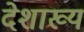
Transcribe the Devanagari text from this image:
देशाख्य